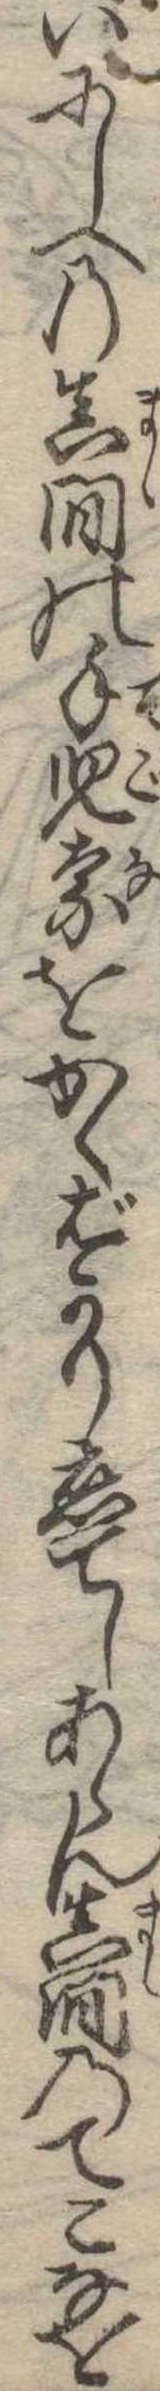
いにしへの真間の手児奈をかくばかり恋てしあらん真間のてこなを